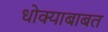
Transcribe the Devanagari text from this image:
धोक्याबाबत